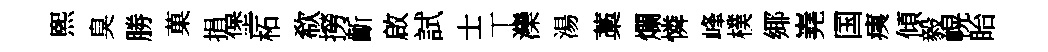
煕臭勝菓捐堡柘欷撈齗啟試士丅灤湯藁爛憐峰樸鄊嶤国痍傾毅幌眙